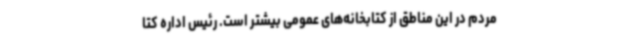
مردم در این مناطق از کتابخانه‌های عمومی بیشتر است. رئیس اداره کتا